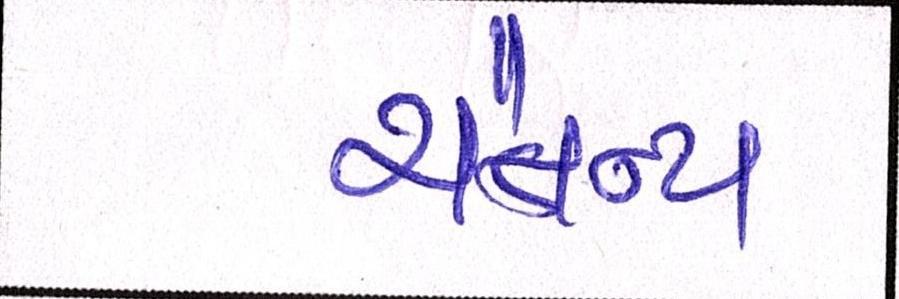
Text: ચૈતન્ય